Annual report of the Punjab Veterinary College and of the Civil Veterinary Department, Punjab - 1909-1919
Year: 1909
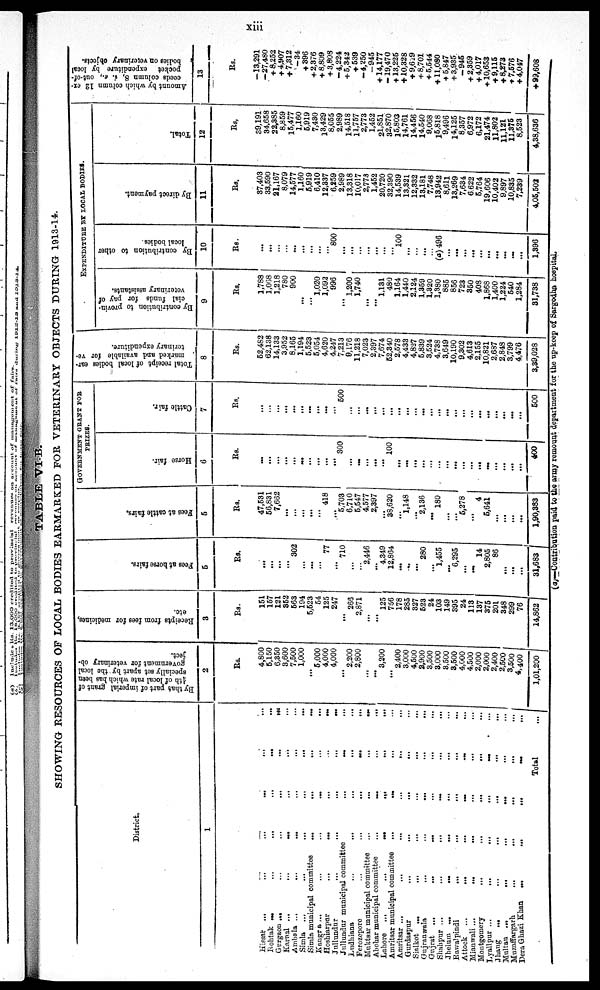
xiii
TABLE VI-B.
SHOWING RESOURCES OF LOCAL BODIES EARMARKED FOR VETERINARY OBJECTS DURING 1913-14.
District.
1
Hissar ...
...
...
...
...
...
Rohtak ... ... ... ... ...
Gurgaon ...
...
...
...
...
...
Karnal ...
...
...
...
Ambala ... ... ... ... ... ...
Simla ...
...
...
...
...
...
Simla municipal committee ... ... ... ...
Kangra ... ... ... ... ...
Hashiarpur ... ... ... ... ...
Jnllunpur ... ... ... ... ... ...
Jullundur municipal committee
...
...
...
Lndhiana ... ... ... ... ...
Ferozepore
...
...
...
...
...
Muktsar municipal committee
...
...
...
...
Abohar municipal committee
...
...
...
...
Lahore ... ... ... ... ...
Amritsar municipal committee
...
...
...
Amritsar ... ... ... ... ... ...
Gurdaspur ... ... ... ... ... ...
Sialkot ... ... ... ... ... ...
Guiranwala ... ... ... ... ...
Gujrat ... ... ... ... ... ...
Shahpur ... ... ... ... ... ...
Jhelum ... ... ... ... ...
Rawalpindi ... ... ... ... ... ...
Attock ... ... ... ... ...
Mianwali ... ... ... ... ... ...
Montgomery
...
...
...
...
Lyallpur ... ... ... ... ...
Jhaug ... ... ... ... ...
Multan ... ... ... ... ... ...
Muzaffargarh
...
...
...
...
...
Dera Ghazi Khan
...
...
...
...
...
Total
...
By that part of imperial grant of
¼th
of local rate which has been
specially set apart by the local
government for veterinary ob-
ject.
2
Rs.
4,800
5,150
6,350
8,600
7,500
1,000
... 5,000
4,000
4,000
...
2,200
2,800
...
...
3,200
...
2,400
3,000
4,500
2,900
3,500
3,000
3,500
3,500
4,000
4,500
2,000
2,000
2,400
2,500
3,500
4,400
1,01,200
Receipts from fees for medicines,
etc.
3
Rs.
151
157
121
352
563
194
5,523
54
125
247
...
266
2,871
...
...
125
756
178
285
327
523
24
103
149
395
24
113
137
375
201
348
299
76
14,862
Fees at hor se fai rs.
5
Rs.
...
...
...
... 302
...
...
... 77
...
710
...
...
2,446
...
4,349
12,864
...
...
...
280
...
1,455
...
6,295
...
...
14
2,805
86
...
...
...
31,683
Fees at c a t t l e fai rs.
5
Rs.
47,531
56,831
7,662
...
...
...
...
...
418
...
5,703
6,710
5,547
4,577
2,397
...
38,620
...
1,148
...
2,136
...
180
...
...
5,278
...
4
5,641
...
...
...
...
1,90,383
GOVERNMENT GRANT FOR
PRIZES.
Horse fair.
6
Rs.
...
...
...
...
...
...
...
...
...
...
300
...
...
...
...
...
100
...
...
...
...
...
...
...
...
...
...
...
...
...
...
...
...
400
Cattle fair.
7
Rs.
...
...
...
...
...
...
...
...
...
...
500
...
...
...
...
...
...
...
...
...
...
...
...
...
...
...
...
...
...
...
...
...
...
500
Total receipt of local bodies ear-
marked and available for ve-
terinary expenditure.
8
Rs.
52,482
62,138
14,133
3,952
8,165
1,194
5,523
5,054
4,620
4,247
7,213
9,176
11,218
7,023
2,397
7,674
52,340
2,578
4,433
4,827
5,839
3,524
4,738
3,649
10,190
9,302
4,613
2,155
10,821
2,687
2,848
3,799
4,476
3,39,028
EXPENDITURE BY LOCAL BODIES.
By contribution to provin-
cial funds for pay of
veterinary assistants.
9
Rs.
1,788
1,068
1,218
780
900
...
... 1,020
1,092
996
...
1,200
1,740
...
...
1,131
480
1,164
1,440
2,124
1,359
1,320
1,380
885
856
723
350
408
1,868
1,400
1,224
540
1,284
81,738
By contribution to other
local bodies.
10
Rs.
...
...
...
...
... ...
...
...
...
800
...
...
...
...
...
...
...
100
...
...
...
(a) 496
...
...
...
...
...
...
...
...
...
...
1,396
By direct payment.
11
Rs.
37,403
33,590
21,167
8,079
14,577
1,160
5,919 6,410
12,337
6,259
2,989
13,318
10,017
2,773
1,452
20,720
32,390
14,539
13,321
12,332
13,181
7,748
13,942
8,611
13,269
7,634
6,622
5,764
19,606
10,402
9,897
10,835
7,239
4,05,502
Total.
12
Rs.
39,191
34,658
22,385
8,859
15,477
1,160
5,919 7,430
13,429
8,055
2,989
14,518
11,757
2,773
1,452
21,851
32,870
15,803
14,761
14,456
14,540
9,068
15,818
9,496
14,125
8,357
6,972
6,172
21,474
11,802
11,121
11,375
8,523
4,38,636
Amount by which column 12 ex-
ceeds column 8, i. e., out-of-
pocket expenditure by local
bodies on veterinary objects.
13
Rs.
–13,291
–27,480
+ 8,252
+ 4,907
+ 7,312
-34
+396
+2,376
+8,809
+3,808
– 4,224
+5,342
+ 539
–4,250
—945
+14,177
—19,470
+13,225
+10,328
+ 9,629
+ 8,701
+ 6,544
+11,080
+5,847
+ 3,935
-945
+2,359
+ 4,017
+ 10,653
+9,115
+8,273
+7,576
+ 4,047
+99,608
(a)—Contribution paid to the army remount department for the up-keep of Sargodha hospital.